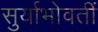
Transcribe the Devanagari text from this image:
सुर्याभोवतीं